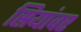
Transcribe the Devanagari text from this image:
स्रियांवर